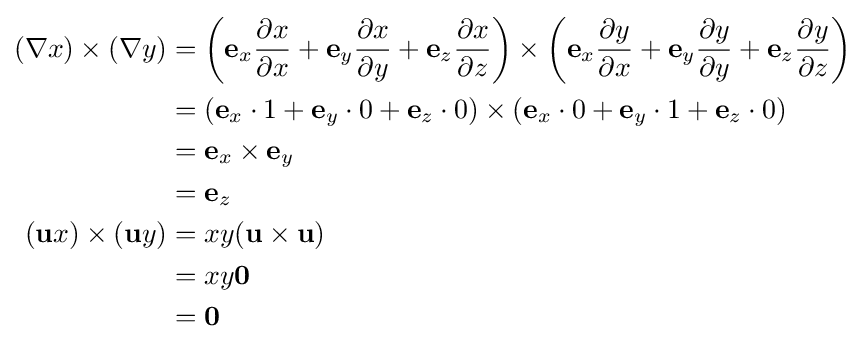
{\begin{aligned}(\nabla x)\times (\nabla y)&=\left(\mathbf {e} _{x}{\frac {\partial x}{\partial x}}+\mathbf {e} _{y}{\frac {\partial x}{\partial y}}+\mathbf {e} _{z}{\frac {\partial x}{\partial z}}\right)\times \left(\mathbf {e} _{x}{\frac {\partial y}{\partial x}}+\mathbf {e} _{y}{\frac {\partial y}{\partial y}}+\mathbf {e} _{z}{\frac {\partial y}{\partial z}}\right)\\&=(\mathbf {e} _{x}\cdot 1+\mathbf {e} _{y}\cdot 0+\mathbf {e} _{z}\cdot 0)\times (\mathbf {e} _{x}\cdot 0+\mathbf {e} _{y}\cdot 1+\mathbf {e} _{z}\cdot 0)\\&=\mathbf {e} _{x}\times \mathbf {e} _{y}\\&=\mathbf {e} _{z}\\(\mathbf {u} x)\times (\mathbf {u} y)&=xy(\mathbf {u} \times \mathbf {u} )\\&=xy\mathbf {0} \\&=\mathbf {0} \end{aligned}}